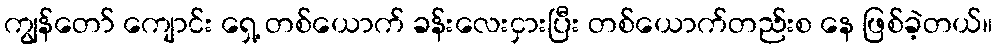
ကျွန်တော် ကျောင်း ရှေ့ တစ်ယောက် ခန်းလေးငှားပြီး တစ်ယောက်တည်းစ နေ ဖြစ်ခဲ့တယ်။